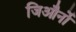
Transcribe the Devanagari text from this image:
जिऔर्नो